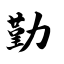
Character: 勤